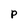
Character: P